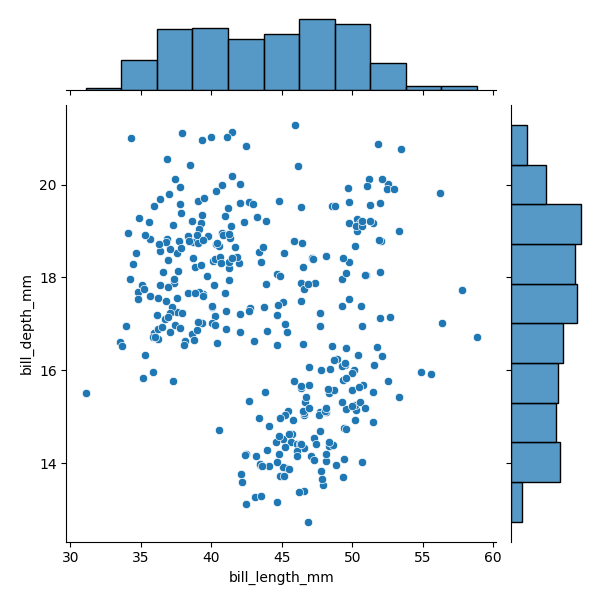
python, seaborn, JointGrid, scatterplot, histplot